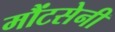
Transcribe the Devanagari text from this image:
मौंटसेनी